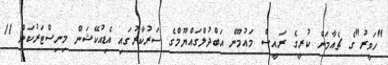
"ހަވީރު"ގެ ޗެއާމަން ކުރީގެ ރައީސް މައުމޫން އަބްދުލްގައްޔޫމްގެ ސަރުކާރުގައި އެޑިއުކޭޝަން މިނިސްޓަރުކަން 11